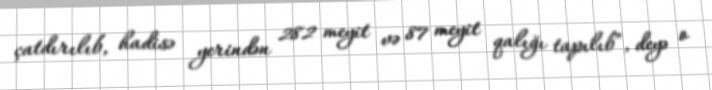
çatdırılıb, hadisə yerindən 282 meyit və 87 meyit qalığı tapılıb”, deyə o